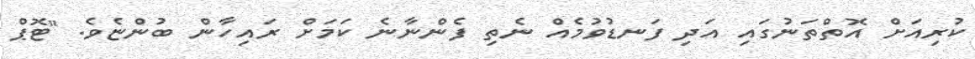
ކުރިއަށް އޮތްތަނުގައި އަދި ފަނޑުވުމެއް ނެތި ފެންނާނެ ކަމަށް ރައިހާން ބުންޏެވެ. "ޓޮޕް